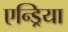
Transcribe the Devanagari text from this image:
एन्ड्रिया